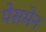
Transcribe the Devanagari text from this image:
पेसमेन